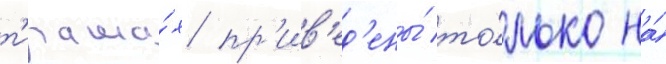
т'иража́х пр'ив'ед'ены́ то́лько на́